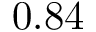
0 . 8 4